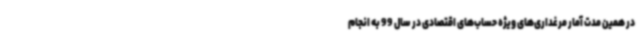
در همین مدت آمار مرغداری‌های ویژه حساب‌های اقتصادی در سال 99 به انجام